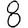
Digit: 8